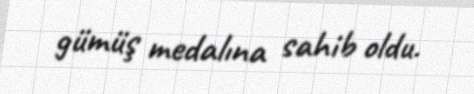
gümüş medalına sahib oldu.